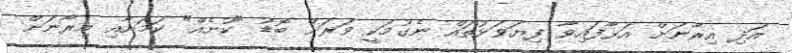
އަދި އިރާނަށް އަޅާފައިވާ ފިޔަވަޅުތައް ނެގުމަކީ ވަރަށް ބޮޑު "ކުށެއް" ކަމަށާއި އިރާނަށް